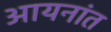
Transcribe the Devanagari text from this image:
आयनांत